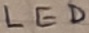
Text: LED